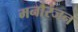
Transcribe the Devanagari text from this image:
मनौरंजन